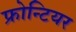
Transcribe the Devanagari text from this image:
फ्रोन्टियर